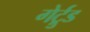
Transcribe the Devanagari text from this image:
गेर्ट्रुड